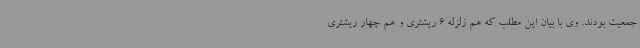
جمعیت بودند. وی با بیان این مطلب که هم زلزله 6 ریشتری و هم چهار ریشتری